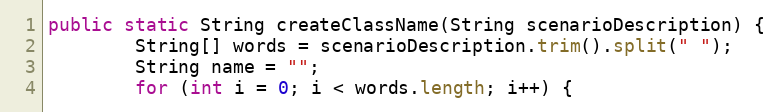
Language: Java
public static String createClassName(String scenarioDescription) {
        String[] words = scenarioDescription.trim().split(" ");
        String name = "";
        for (int i = 0; i < words.length; i++) {